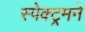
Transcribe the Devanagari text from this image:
स्पेक्ट्रमने